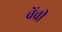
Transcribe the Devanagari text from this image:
चेंच्री